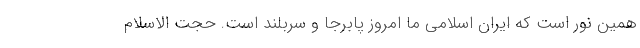
همین نور است که ایران اسلامی ما امروز پابرجا و سربلند است. حجت الاسلام